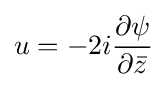
u=-2i{\frac {\partial \psi }{\partial {\bar {z}}}}